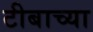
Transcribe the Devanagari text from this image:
टीबाच्या